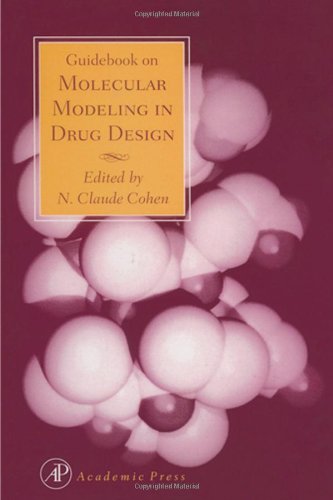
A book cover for Guidebook on Molecular Modeling in Drug Design; Medical Books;